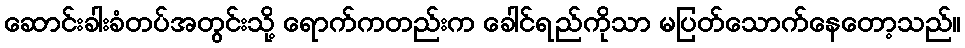
ဆောင်းခါးခံတပ်အတွင်းသို့ ရောက်ကတည်းက ခေါင်ရည်ကိုသာ မပြတ်သောက်နေတော့သည်။